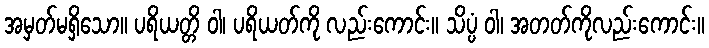
အမှတ်မရှိသော။ ပရိယတ္တိ ဝါ၊ ပရိယတ်ကို လည်းကောင်း။ သိပ္ပံ ဝါ၊ အတတ်ကိုလည်းကောင်း။